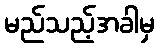
မည်သည့်အခါမှ